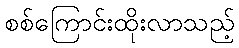
စစ်ကြောင်းထိုးလာသည့်